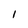
Character: l